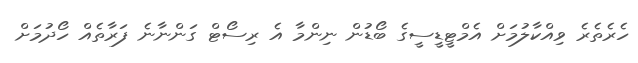
ހެރެތެރެ ވިއްކާލުމަށް އެމްޓީޑީސީގެ ބޯޑުން ނިންމާ އެ ރިސޯޓް ގަންނާނެ ފަރާތެއް ހޯދުމަށް